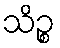
သိဉ္စ